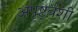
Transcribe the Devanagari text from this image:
अपृष्टवंशी